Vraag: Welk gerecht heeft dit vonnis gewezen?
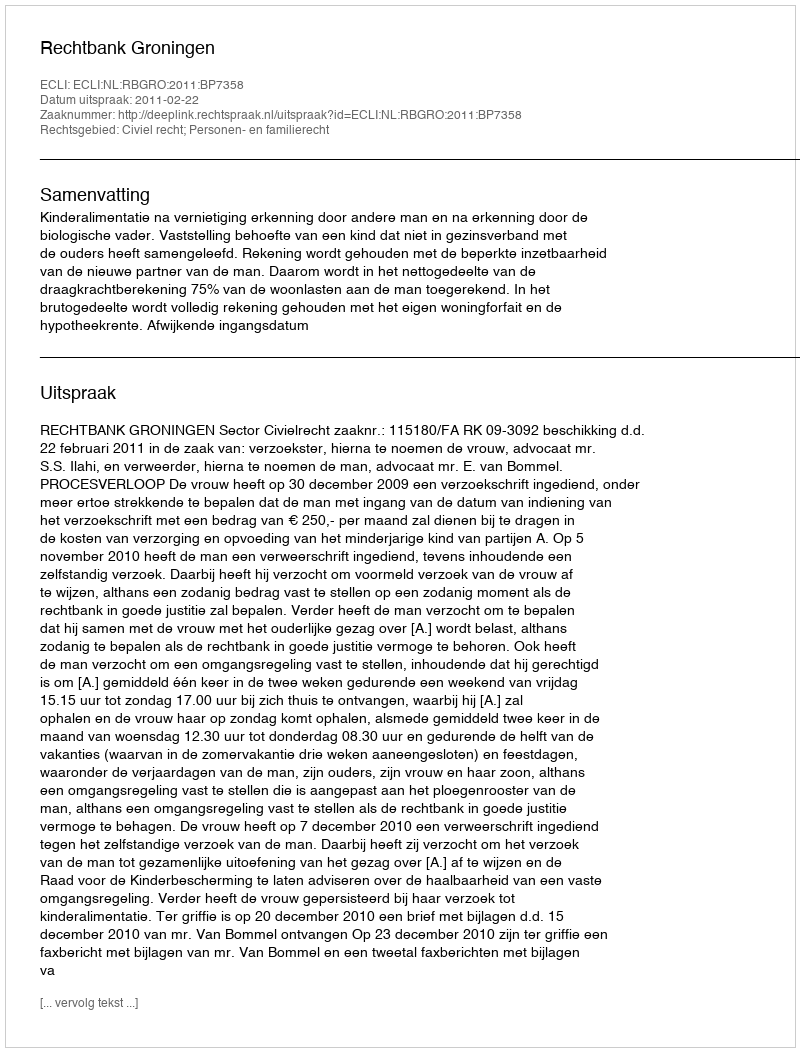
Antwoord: Rechtbank Groningen